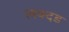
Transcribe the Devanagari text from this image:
लक्दड